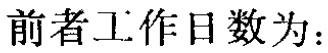
前者工作日数为：